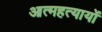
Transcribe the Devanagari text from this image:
आत्महत्यायों